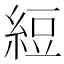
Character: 𬗖